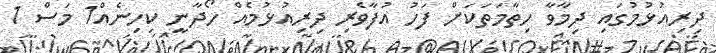
ދިރިއުޅުމުގައި ދިމާވާ ހިތާމަތަކަށް ފަހު އުފާވެރި ދިރިއުޅުމެއް ހޯދާނީ ކިހިނެއް1 މަސް 1